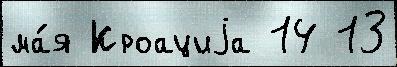
ма́я Кроациjа 14 13